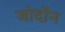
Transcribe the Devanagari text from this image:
जोर्दोन